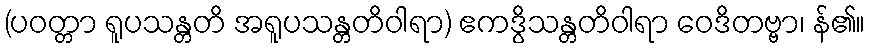
(ပဝတ္တာ ရူပသန္တတိ အရူပသန္တတိဝါရာ) ဧကဒွိသန္တတိဝါရာ ဝေဒိတဗ္ဗာ၊ န်၏။